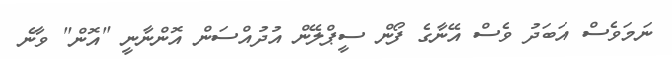
ނަމަވެސް އަބަދު ވެސް އޭނާގެ ފޯން ސީޕްލޭން އުދުއްސަން އޮންނާނީ "އޮން" ވާނެ